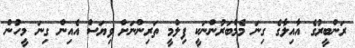
ރަންބީރުގެ އާއިލާގެ ގިނަ މެމްބަރުންނަކީ ފިލްމީ ތަރިންނަށް ވިޔަސް އެއިން ގިނަ މީހުން